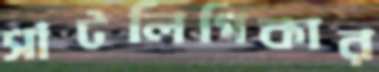
সাঁটলিপিকার